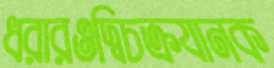
ধরারওদ্বিচক্রযানক